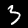
Digit: 3